Indian journal of veterinary science and animal husbandry - Volumes 24-25, 1954-1955
Year: 1954
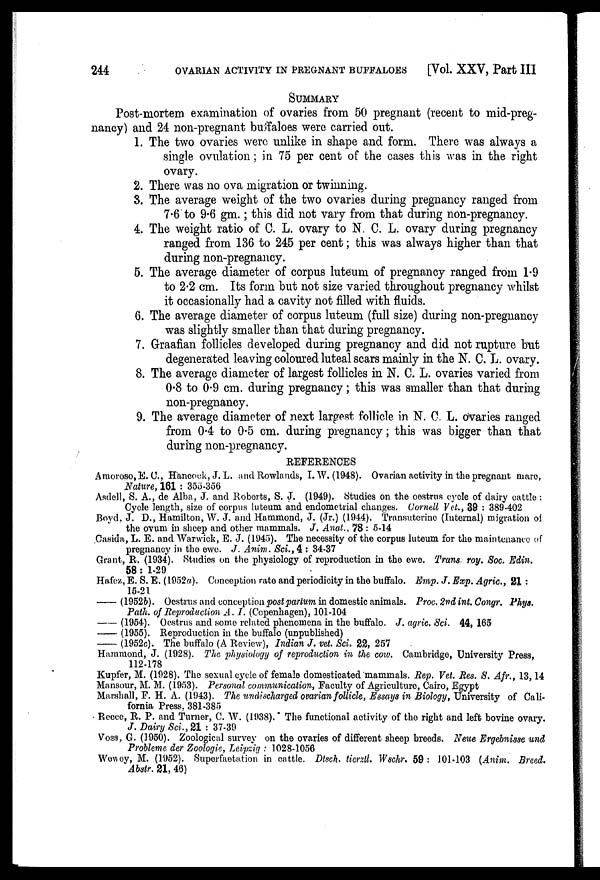
244
OVARIAN ACTIVITY IN PREGNANT BUFFALOES
[Vol. XXV, Part III
SUMMARY
Post-mortem examination of ovaries from 50 pregnant (recent to mid-preg-
nancy) and 24 non-pregnant buffaloes were carried out.
1. The two ovaries were unlike in shape and form. There was always a
single ovulation; in 75 per cent of the cases this was in the right
ovary.
2. There was no ova migration or twinning.
3. The average weight of the two ovaries during pregnancy ranged from
7.6 to 9.6 gm.; this did not vary from that during non-pregnancy.
4. The weight ratio of C. L. ovary to N. C. L. ovary during pregnancy
ranged from 136 to 245 per cent; this was always higher than that
during non-pregnancy.
5. The average diameter of corpus luteum of pregnancy ranged from 1.9
to 2.2 cm. Its form but not size varied throughout pregnancy whilst
it occasionally had a cavity not filled with fluids.
6. The average diameter of corpus luteum (full size) during non-pregnancy
was slightly smaller than that during pregnancy.
7. Graafian follicles developed during pregnancy and did not rupture but
degenerated leaving coloured luteal scars mainly in the N. C. L. ovary.
8. The average diameter of largest follicles in N. C. L. ovaries varied from
0.8 to 0.9 cm. during pregnancy; this was smaller than that during
non-pregnancy.
9. The average diameter of next largest follicle in N. C. L. ovaries ranged
from 0.4 to 0.5 cm. during pregnancy; this was bigger than that
during non-pregnancy.
REFERENCES
Amoroso, E. C., Hancock, J. L. and Rowlands, I. W. (1948). Ovarian activity in the pregnant mare,
Nature, 161: 355-356
Asdell, S. A., de Alba, J. and Roberts, S. J. (1949). Studies on the oestrus cycle of dairy cattle:
Cycle length, size of corpus luteum and endometrial changes. Cornell Vet., 39: 389-402
Boyd, J. D., Hamilton, W. J. and Hammond, J. (Jr.) (1944). Transuterine (Internal) migration of
the ovum in sheep and other mammals. J. Anat., 78: 5-14
Casida, L. E. and Warwick, E. J. (1945). The necessity of the corpus luteum for the maintenance of
pregnancy in the ewe. J. Anim. Sci., 4: 34-37
Grant, R. (1934). Studies on the physiology of reproduction in the ewe. Trans roy. Soc. Edin.
58:1-29
Hafez, E. S. E. (1952a). Conception rate and periodicity in the buffalo. Emp. J. Exp. Agric., 21:
15-21
—(1952b).
Oestrus and conception post partum in domestic animals. Proc. 2nd int. Congr. Phys.
Path. of Reproduction A. I. (Copenhagen), 101-104
—(1954).
Oestrus and some related phenomena in the buffalo. J. agric. Sci. 44, 165
—(1955).
Reproduction in the buffalo (unpublished)
—(1952c).
The buffalo (A Review), Indian J. vet. Sci. 22, 257
Hammond, J. (1928). The physiology of reproduction in the cow. Cambridge, University Press,
112-178
Kupfer, M. (1928). The sexual cycle of female domesticated mammals. Rep. Vet. Res. S. Afr., 13, 14
Mansour, M. M. (1953). Personal communication, Faculty of Agriculture, Cairo, Egypt
Marshall, F. H. A. (1943). The undischarged ovarian follicle, Essays in Biology, University of Cali-
fornia Press, 381-385
Reece, R. P. and Turner, C. W. (1938). The functional activity of the right and left bovine ovary.
J. Dairy Sci., 21: 37-39
Voss, G. (1950). Zoological survey on the ovaries of different sheep breeds. Neue Ergebnisse und
Probleme der Zoologie, Leipzig: 1028-1056
Wewey, M. (1952). Superfaetation in cattle. Disch. tierztl. Wschr. 59: 101-103 (Anim. Breed.
Abstr. 21, 46)